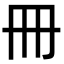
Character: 冊